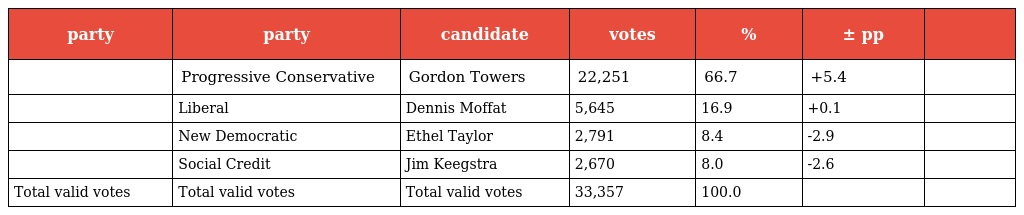
| party | party | candidate | votes | % | ± pp |  |
 | --- | --- | --- | --- | --- | --- | --- |
 |  | Progressive Conservative | Gordon Towers | 22,251 | 66.7 | +5.4 |  |
 |  | Liberal | Dennis Moffat | 5,645 | 16.9 | +0.1 |  |
 |  | New Democratic | Ethel Taylor | 2,791 | 8.4 | -2.9 |  |
 |  | Social Credit | Jim Keegstra | 2,670 | 8.0 | -2.6 |  |
 | Total valid votes | Total valid votes | Total valid votes | 33,357 | 100.0 |  |  |